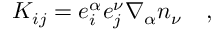
K _ { i j } = e _ { i } ^ { \alpha } e _ { j } ^ { \nu } \nabla _ { \alpha } n _ { \nu } \quad ,